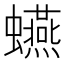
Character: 𧔦